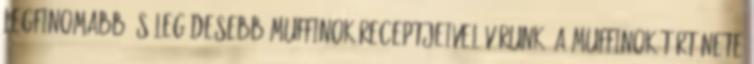
legfinomabb és legédesebb muffinok receptjeivel várunk. A muffinok története